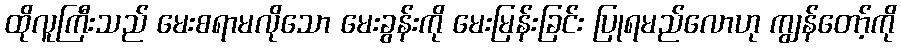
ထိုလူကြီးသည် မေးစရာမလိုသော မေးခွန်းကို မေးမြန်းခြင်း ပြုရမည်လောဟု ကျွန်တော့်ကို